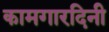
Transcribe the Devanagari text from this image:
कामगारदिनी